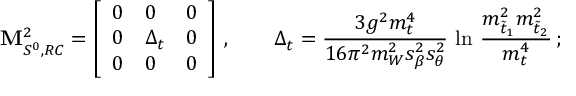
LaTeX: { \mathbf M _ { S ^ { 0 } , R C } ^ { 2 } } = \left[ \begin{array} { l l l } { { 0 } } & { { 0 } } & { { 0 } } \\ { { 0 } } & { { \Delta _ { t } } } & { { 0 } } \\ { { 0 } } & { { 0 } } & { { 0 } } \end{array} \right] \, , \qquad \Delta _ { t } = { \frac { 3 g ^ { 2 } m _ { t } ^ { 4 } } { 1 6 \pi ^ { 2 } m _ { W } ^ { 2 } s _ { \beta } ^ { 2 } s _ { \theta } ^ { 2 } } } \, \ln \, { \frac { m _ { \tilde { t } _ { 1 } } ^ { 2 } m _ { \tilde { t } _ { 2 } } ^ { 2 } } { m _ { t } ^ { 4 } } } \, ;